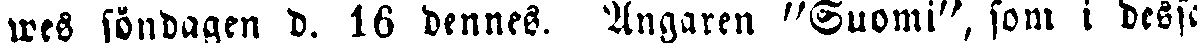
wes söndagen d. 16 dennes. Ångaren "Suomi", som i dessa